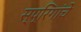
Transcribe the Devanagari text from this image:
स्प्रिंगांचे